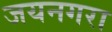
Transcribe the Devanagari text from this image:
जयनगरा